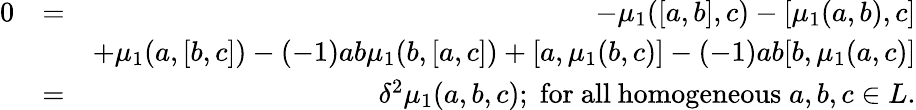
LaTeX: \begin{array}{rlr}{0}&{=}&{-\mu_{1}([a,b],c)-[\mu_{1}(a,b),c]}\\ &{}&{+\mu_{1}(a,[b,c])-(-1){ab}\mu_{1}(b,[a,c])+[a,\mu_{1}(b,c)]-(-1){ab}[b,\mu_{1}(a,c)]}\\ &{=}&{\delta^{2}\mu_{1}(a,b,c);\; \mathrm{for~all~homogeneous}\; a,b,c\in L.}\end{array}